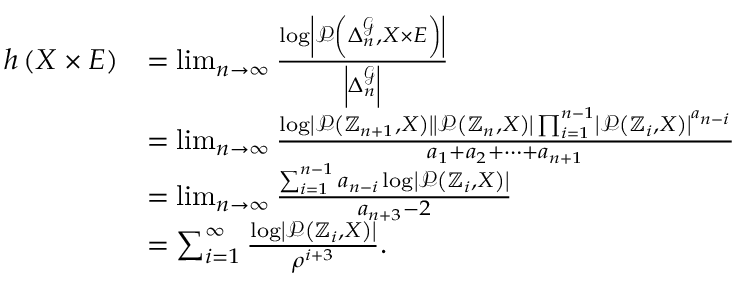
\begin{array} { r l } { h \left( X \times E \right) } & { = \operatorname* { l i m } _ { n \to \infty } \frac { \log \left| \mathcal { P } \left( \Delta _ { n } ^ { \mathcal { G } } , X \times E \right) \right| } { \left| \Delta _ { n } ^ { \mathcal { G } } \right| } } \\ & { = \operatorname* { l i m } _ { n \to \infty } \frac { \log \left| \mathcal { P } \left( \mathbb { Z } _ { n + 1 } , X \right) \right| \left| \mathcal { P } \left( \mathbb { Z } _ { n } , X \right) \right| \prod _ { i = 1 } ^ { n - 1 } \left| \mathcal { P } \left( \mathbb { Z } _ { i } , X \right) \right| ^ { a _ { n - i } } } { a _ { 1 } + a _ { 2 } + \cdots + a _ { n + 1 } } } \\ & { = \operatorname* { l i m } _ { n \to \infty } \frac { \sum _ { i = 1 } ^ { n - 1 } a _ { n - i } \log \left| \mathcal { P } \left( \mathbb { Z } _ { i } , X \right) \right| } { a _ { n + 3 } - 2 } } \\ & { = \sum _ { i = 1 } ^ { \infty } \frac { \log \left| \mathcal { P } \left( \mathbb { Z } _ { i } , X \right) \right| } { \rho ^ { i + 3 } } . } \end{array}